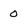
Character: 0